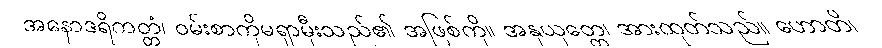
အနောဒရိကတ္တံ၊ ဝမ်းစာကိုမရှာမှီးသည်၏ အဖြစ်ကို။ အနုယုတ္တေ၊ အားထုတ်သည်။ ဟောတိ၊